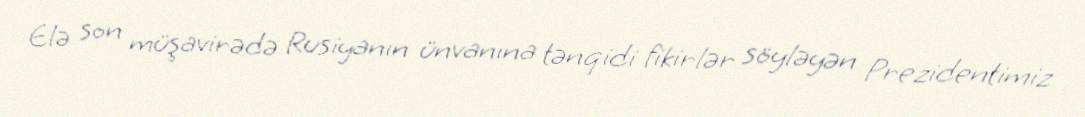
Elə son müşavirədə Rusiyanın ünvanına tənqidi fikirlər söyləyən Prezidentimiz